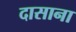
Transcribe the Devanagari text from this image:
दासाना